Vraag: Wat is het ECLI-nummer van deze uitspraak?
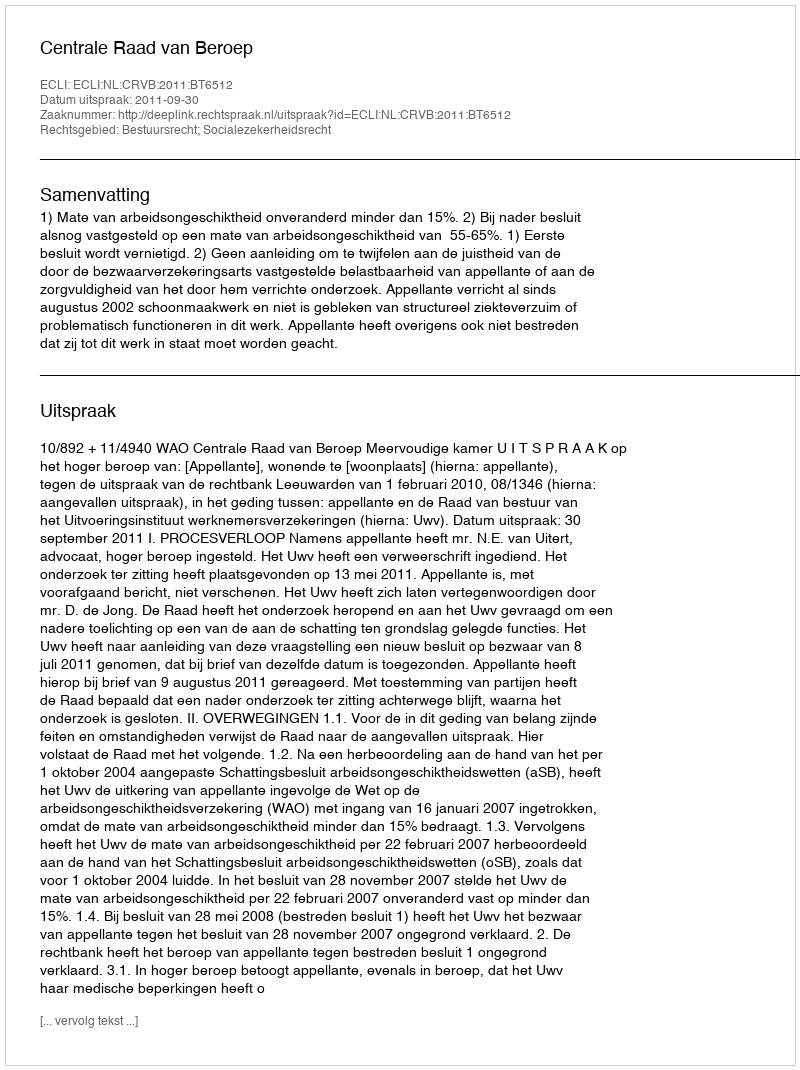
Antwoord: ECLI:NL:CRVB:2011:BT6512